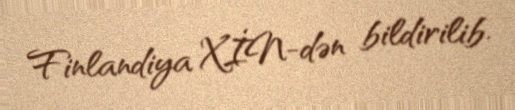
Finlandiya XİN-dən bildirilib.